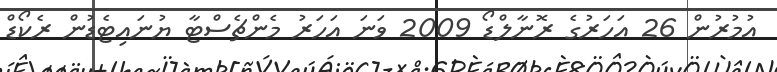
އުމުރުން 26 އަހަރުގެ ރޮނާލްޑޯ 2009 ވަނަ އަހަރު މެންޗެސްޓާ ޔުނައިޓެޑުން ރެކޯޑް